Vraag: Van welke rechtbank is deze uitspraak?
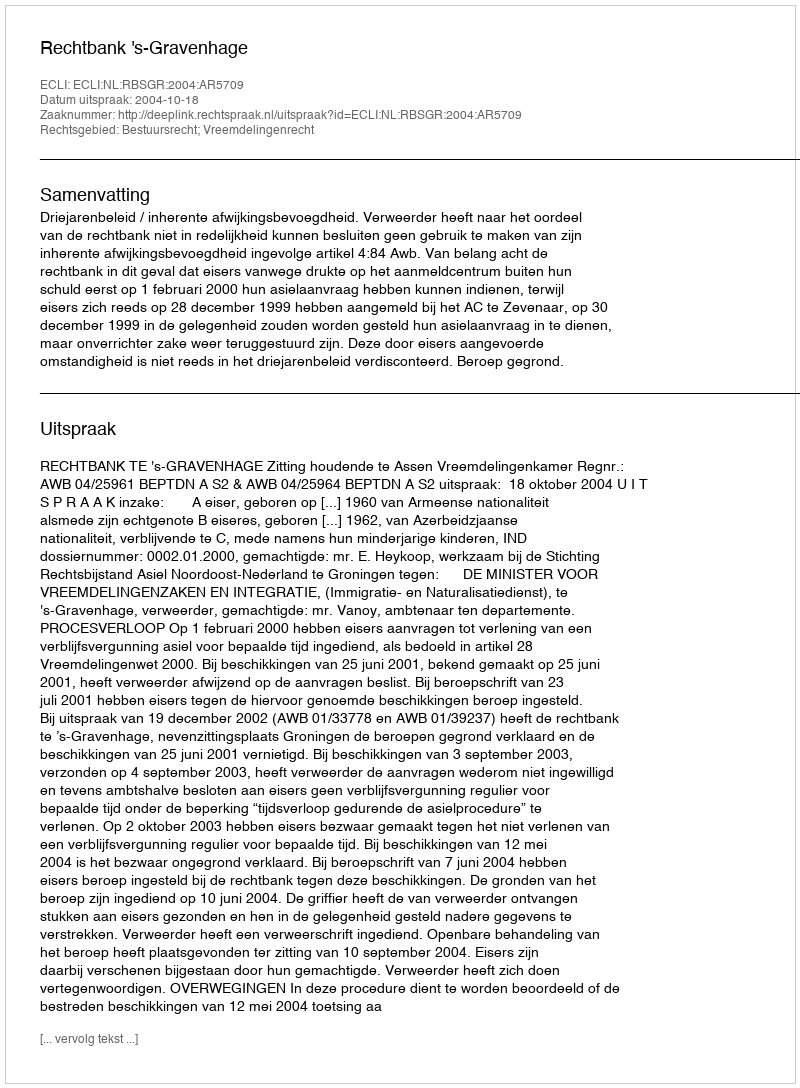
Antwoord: Rechtbank 's-Gravenhage